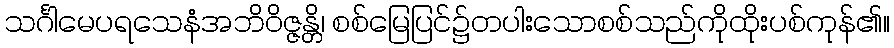
သင်္ဂါမေပရသေနံအဘိဝိဇ္ဇန္တိ၊ စစ်မြေပြင်၌တပါးသောစစ်သည်ကိုထိုးပစ်ကုန်၏။